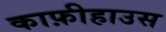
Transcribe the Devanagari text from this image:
काफ़ीहाउस